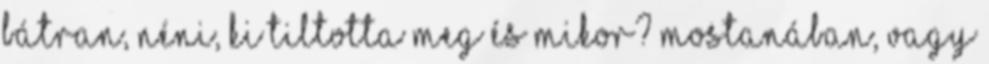
bátran, néni, ki tiltotta meg és mikor? Mostanában, vagy